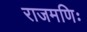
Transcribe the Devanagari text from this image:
राजमणिः